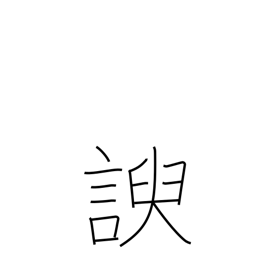
Meaning: flatter